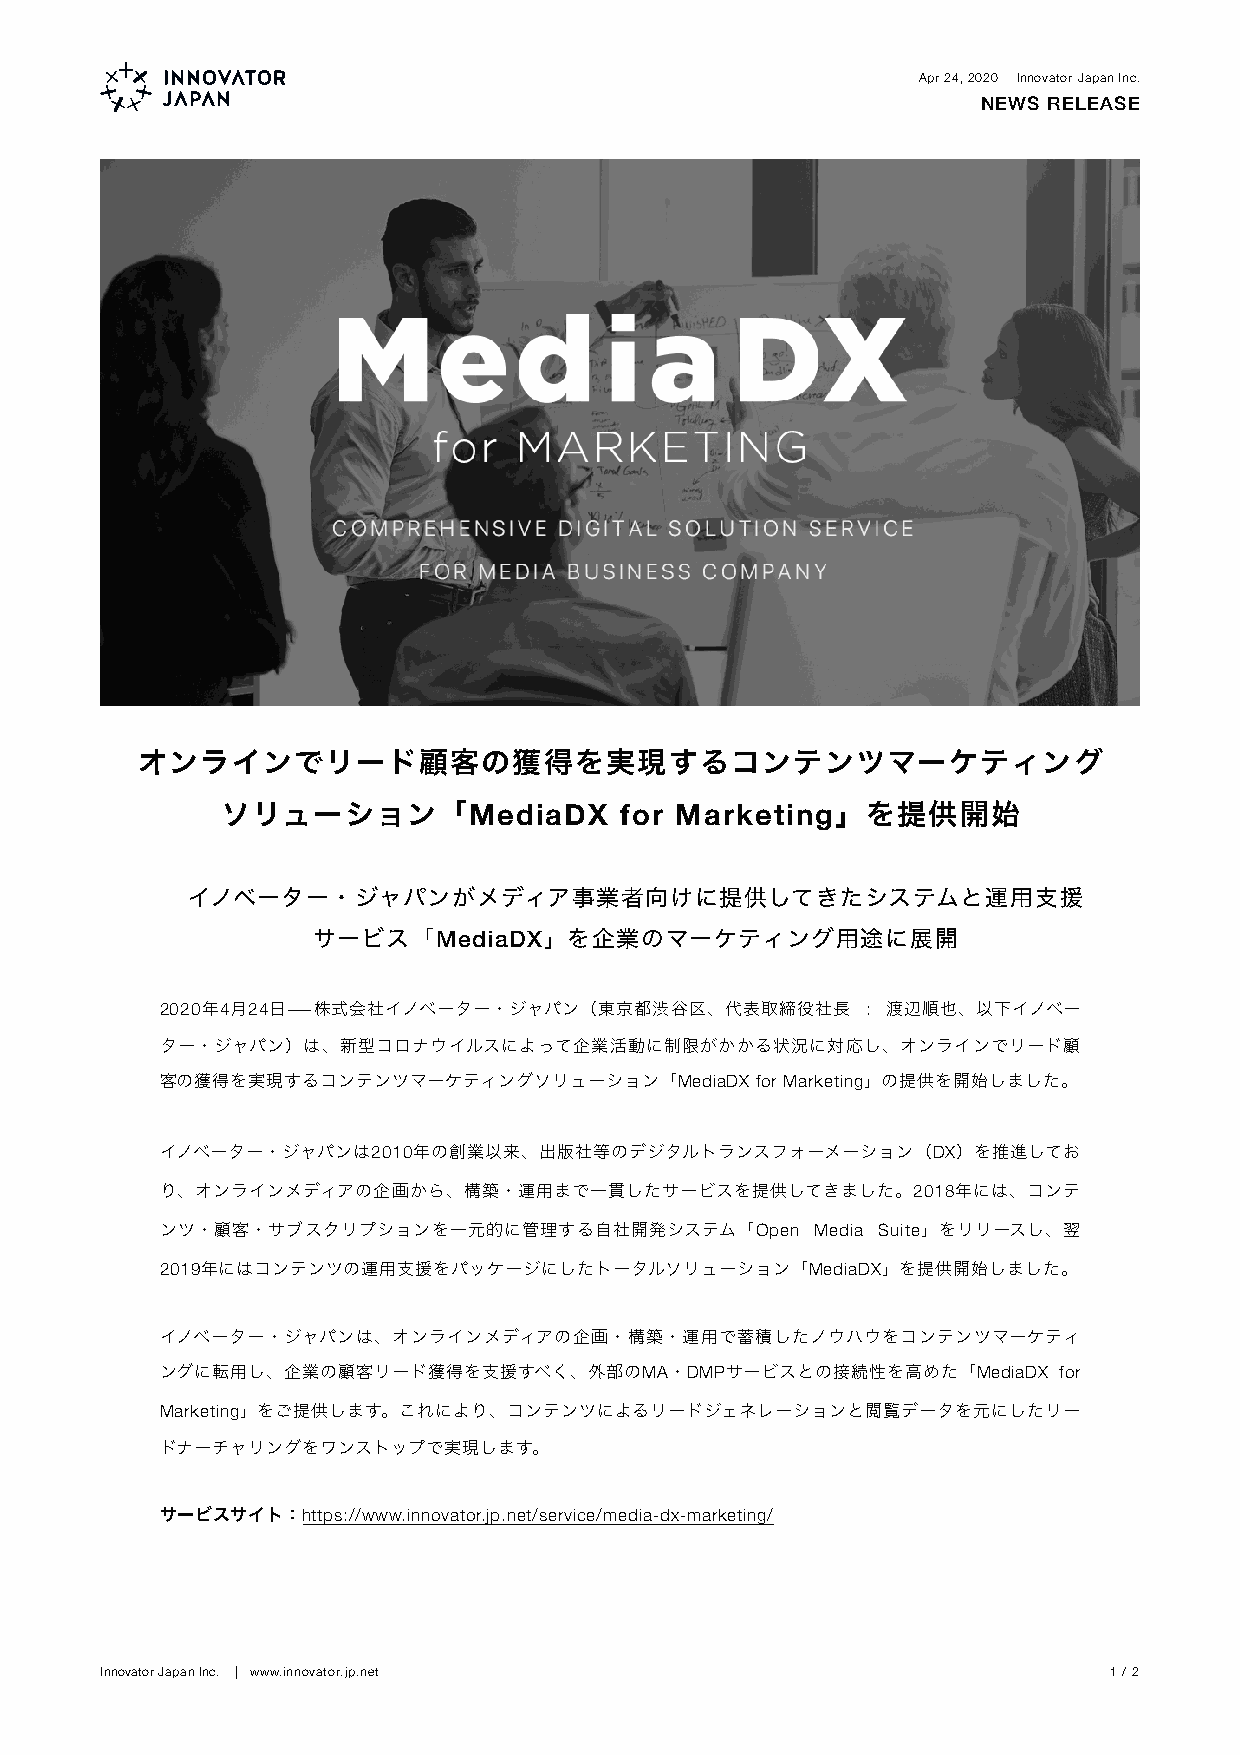
NEWS RELEASE                                          Apr 24, 2020 Innovator Japan Inc.
 NEWS RELEASE
 オンラインでリード顧客の獲得を実現するコンテンツマーケティング
 ソリューション「MediaDX           for Marketing」を提供開始
 イノベーター・ジャパンがメディア事業者向けに提供してきたシステムと運用支援
 サービス「MediaDX」を企業のマーケティング用途に展開
 2020年4月24日―株式会社イノベーター・ジャパン（東京都渋谷区、代表取締役社長     : 渡辺順也、以下イノベー
 ター・ジャパン）は、新型コロナウイルスによって企業活動に制限がかかる状況に対応し、オンラインでリード顧
 客の獲得を実現するコンテンツマーケティングソリューション「MediaDX   for Marketing」の提供を開始しました。
 イノベーター・ジャパンは2010年の創業以来、出版社等のデジタルトランスフォーメーション（DX）を推進してお
 り、オンラインメディアの企画から、構築・運用まで一貫したサービスを提供してきました。2018年には、コンテ
 ンツ・顧客・サブスクリプションを一元的に管理する自社開発システム「Open      Media Suite」をリリースし、翌
 2019年にはコンテンツの運用支援をパッケージにしたトータルソリューション「MediaDX」を提供開始しました。
 イノベーター・ジャパンは、オンラインメディアの企画・構築・運用で蓄積したノウハウをコンテンツマーケティ
 ングに転用し、企業の顧客リード獲得を支援すべく、外部のMA・DMPサービスとの接続性を高めた「MediaDX     for
 Marketing」をご提供します。これにより、コンテンツによるリードジェネレーションと閲覧データを元にしたリー
 ドナーチャリングをワンストップで実現します。
 サービスサイト：https://www.innovator.jp.net/service/media-dx-marketing/
 Innovator Japan Inc. | www.innovator.jp.net                       1 / 2